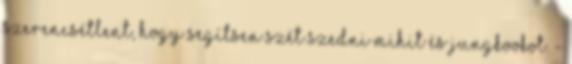
szerencsétlent, hogy segítsen szét szedni MiHit és JungKookot. -